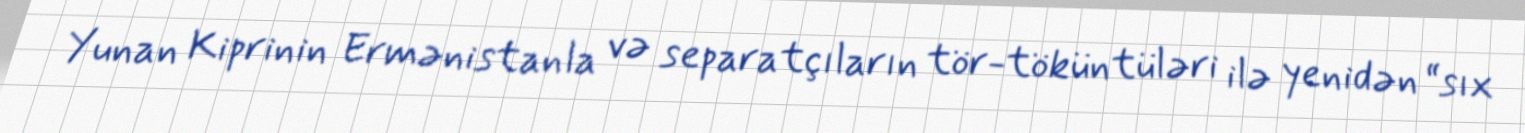
Yunan Kiprinin Ermənistanla və separatçıların tör-töküntüləri ilə yenidən “sıx